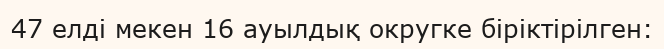
47 елді мекен 16 ауылдық округке біріктірілген: